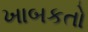
ખાબકતો